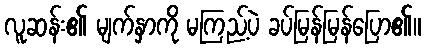
လူဆန်း၏ မျက်နှာကို မကြည့်ပဲ ခပ်မြန်မြန်ပြော၏။